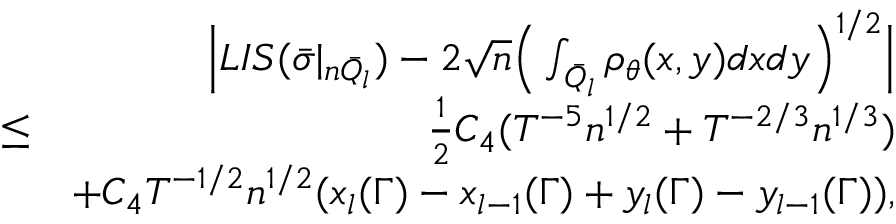
\begin{array} { r l r } & { } & { \Big | L I S ( \bar { \sigma } | _ { n \bar { Q } _ { l } } ) - 2 \sqrt { n } \Big ( \int _ { \bar { Q } _ { l } } \rho _ { \theta } ( x , y ) d x d y \Big ) ^ { 1 \slash 2 } \Big | } \\ & { \leq } & { \frac { 1 } { 2 } C _ { 4 } ( T ^ { - 5 } n ^ { 1 \slash 2 } + T ^ { - 2 \slash 3 } n ^ { 1 \slash 3 } ) } \\ & { } & { + C _ { 4 } T ^ { - 1 \slash 2 } n ^ { 1 \slash 2 } ( x _ { l } ( \Gamma ) - x _ { l - 1 } ( \Gamma ) + y _ { l } ( \Gamma ) - y _ { l - 1 } ( \Gamma ) ) , } \end{array}